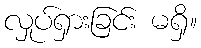
လှုပ်ရှားခြင်း မရှိ။